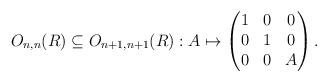
LaTeX: \begin{align*}O_{n,n}(R) \subseteq O_{n+1, n+1}(R) : A \mapsto \begin{pmatrix}1 & 0 & 0 \\0 & 1 & 0 \\0 & 0 & A\end{pmatrix}.\end{align*}